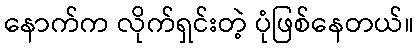
နောက်က လိုက်ရှင်းတဲ့ ပုံဖြစ်နေတယ်။